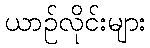
ယာဉ်လိုင်းများ